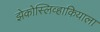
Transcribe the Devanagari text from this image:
झेकोस्लिव्हाकियाला